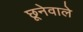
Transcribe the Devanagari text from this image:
छूनेवाले